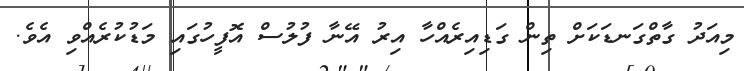
މިއަދު ގާތްގަނޑަކަށް ތިން ގަޑިއިރެއްހާ އިރު އޭނާ ފުލުސް އޮފީހުގައި މަޑުކުރެއްވި އެވެ.